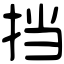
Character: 挡